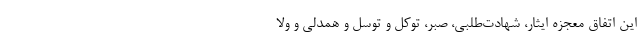
این اتفاق معجزه ایثار، شهادت‌طلبی، صبر، توکل و توسل و همدلی و ولا